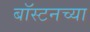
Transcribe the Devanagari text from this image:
बॉस्टनच्या